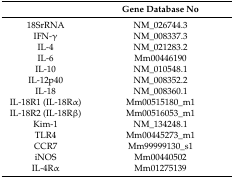
<table><thead><tr><td></td><td><b>Gene Database No</b></td></tr></thead><tbody><tr><td>18SrRNA</td><td>NM_026744.3</td></tr><tr><td>IFN-γ</td><td>NM_008337.3</td></tr><tr><td>IL-4</td><td>NM_021283.2</td></tr><tr><td>IL-6</td><td>Mm00446190</td></tr><tr><td>IL-10</td><td>NM_010548.1</td></tr><tr><td>IL-12p40</td><td>NM_008352.2</td></tr><tr><td>IL-18</td><td>NM_008360.1</td></tr><tr><td>IL-18R1 (IL-18Rα)</td><td>Mm00515180_m1</td></tr><tr><td>IL-18R2 (IL-18Rβ)</td><td>Mm00516053_m1</td></tr><tr><td>Kim-1</td><td>NM_134248.1</td></tr><tr><td>TLR4</td><td>Mm00445273_m1</td></tr><tr><td>CCR7</td><td>Mm99999130_s1</td></tr><tr><td>iNOS</td><td>Mm00440502</td></tr><tr><td>IL-4Rα</td><td>Mm01275139</td></tr></tbody></table>